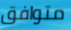
متوافق